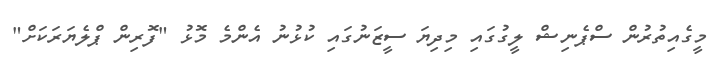
މީގެއިތުރުން ސްޕެނިޝް ލީގުގައި މިދިޔަ ސީޒަނުގައި ކުޅުނު އެންމެ މޮޅު "ފޮރިން ޕްލެޔަރަކަށް"